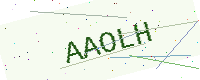
Text: AAOLH